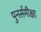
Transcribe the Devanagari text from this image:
पुनर्समीक्षा